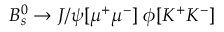
B _ { s } ^ { 0 } \to J / \psi [ \mu ^ { + } \mu ^ { - } ] \; \phi [ K ^ { + } K ^ { - } ]